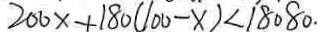
2 0 0 x + 1 8 0 ( 1 0 0 - x ) < 1 8 0 8 0 .